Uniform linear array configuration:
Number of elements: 4
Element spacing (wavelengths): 0.75
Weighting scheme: binomial
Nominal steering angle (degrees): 45
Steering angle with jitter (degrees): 46.453
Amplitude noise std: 0.05
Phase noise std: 0.05

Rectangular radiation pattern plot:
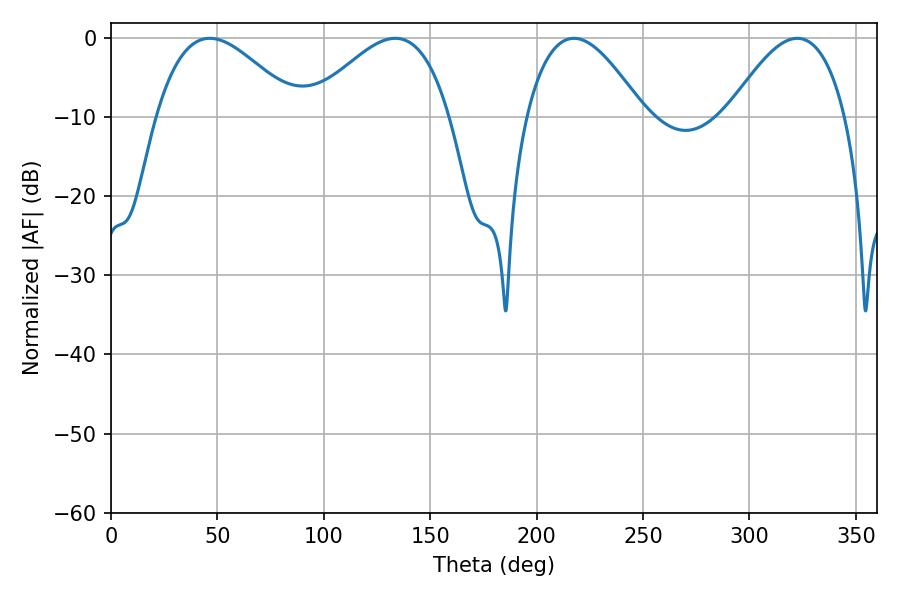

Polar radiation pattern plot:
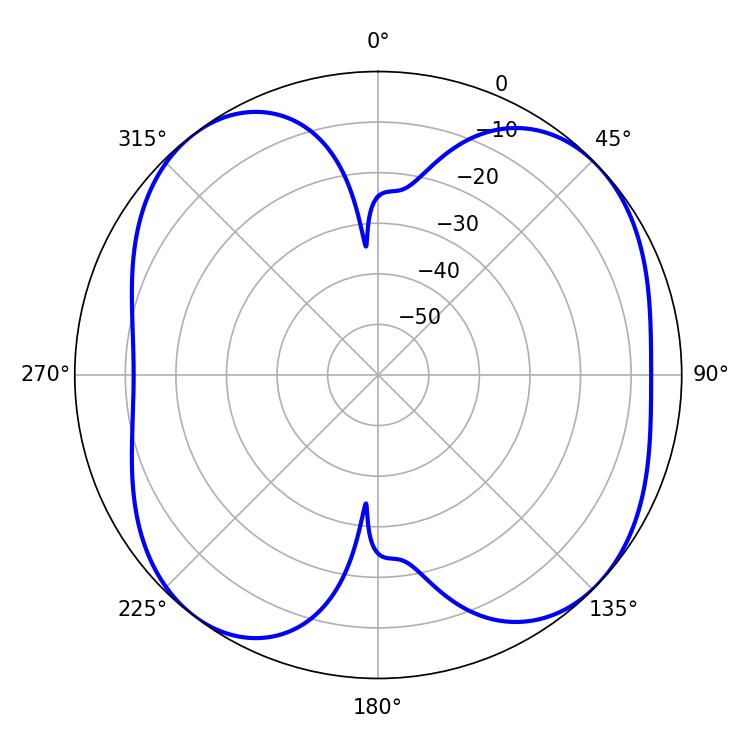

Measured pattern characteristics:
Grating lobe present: TRUE
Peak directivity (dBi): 8.451
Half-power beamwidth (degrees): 36
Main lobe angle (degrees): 133.56